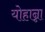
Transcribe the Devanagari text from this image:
योहान्ना